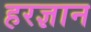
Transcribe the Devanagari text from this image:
हरज्ञान